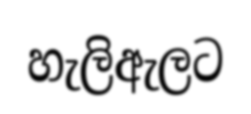
හැලිඇලට